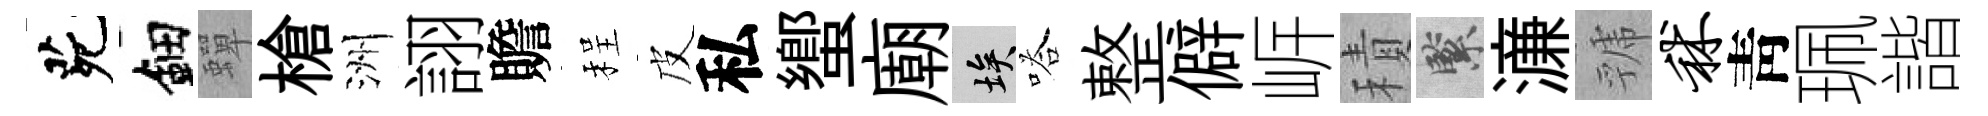
茕鈿蟬槍洲詡贍程皮私蠁廟埃嗒整僻㟁積緊濓虢秫靑珮諧